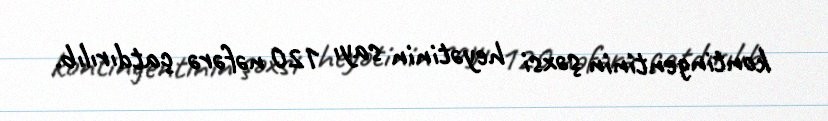
kontingentinin şəxsi heyətinin sayı 120 nəfərə çatdırılıb.